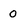
Character: 0